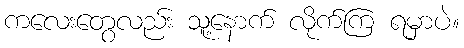
ကလေးတွေလည်း သူ့နောက် လိုက်ကြ ရမှာပဲ။